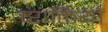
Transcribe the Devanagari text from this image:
व्शक्तियों